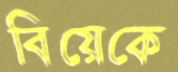
বিয়েকে